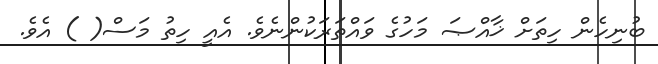
ބުނިހެން ހިތަށް ޚާއްޞަ މަހުގެ ވައްތަރަކުންނެވެ. އެއީ ހިތު މަސް( ) އެވެ.